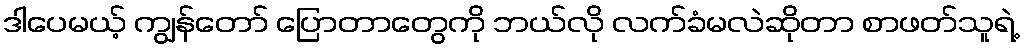
ဒါပေမယ့် ကျွန်တော် ပြောတာတွေကို ဘယ်လို လက်ခံမလဲဆိုတာ စာဖတ်သူရဲ့